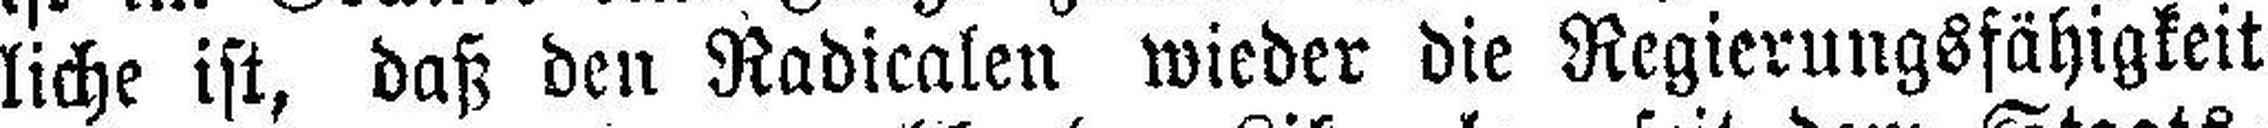
liche ist, daß den Radicalen wieder die Regierungsfähigkeit